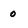
Character: 0